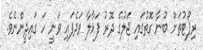
ރިޕޯޓުތަށް ބުނާ ގޮތުގައި ޖަލުގެ ދޮރު ފަޅާލާ ވަދެފައި ވަނީ ހަ ގައިދީންނެވެ.